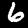
Digit: 6